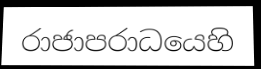
රාජාපරාධයෙහි